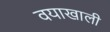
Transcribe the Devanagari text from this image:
वयाखाली